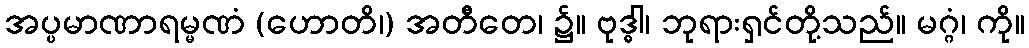
အပ္ပမာဏာရမ္မဏံ (ဟောတိ၊) အတီတေ၊ ၌။ ဗုဒ္ဓါ၊ ဘုရားရှင်တို့သည်။ မဂ္ဂံ၊ ကို။